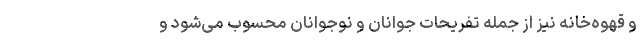
و قهوه‌خانه نیز از جمله تفریحات جوانان و نوجوانان محسوب می‌شود و